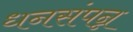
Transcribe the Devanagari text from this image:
धनसंपन्न